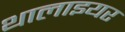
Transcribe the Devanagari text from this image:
थालाइयर